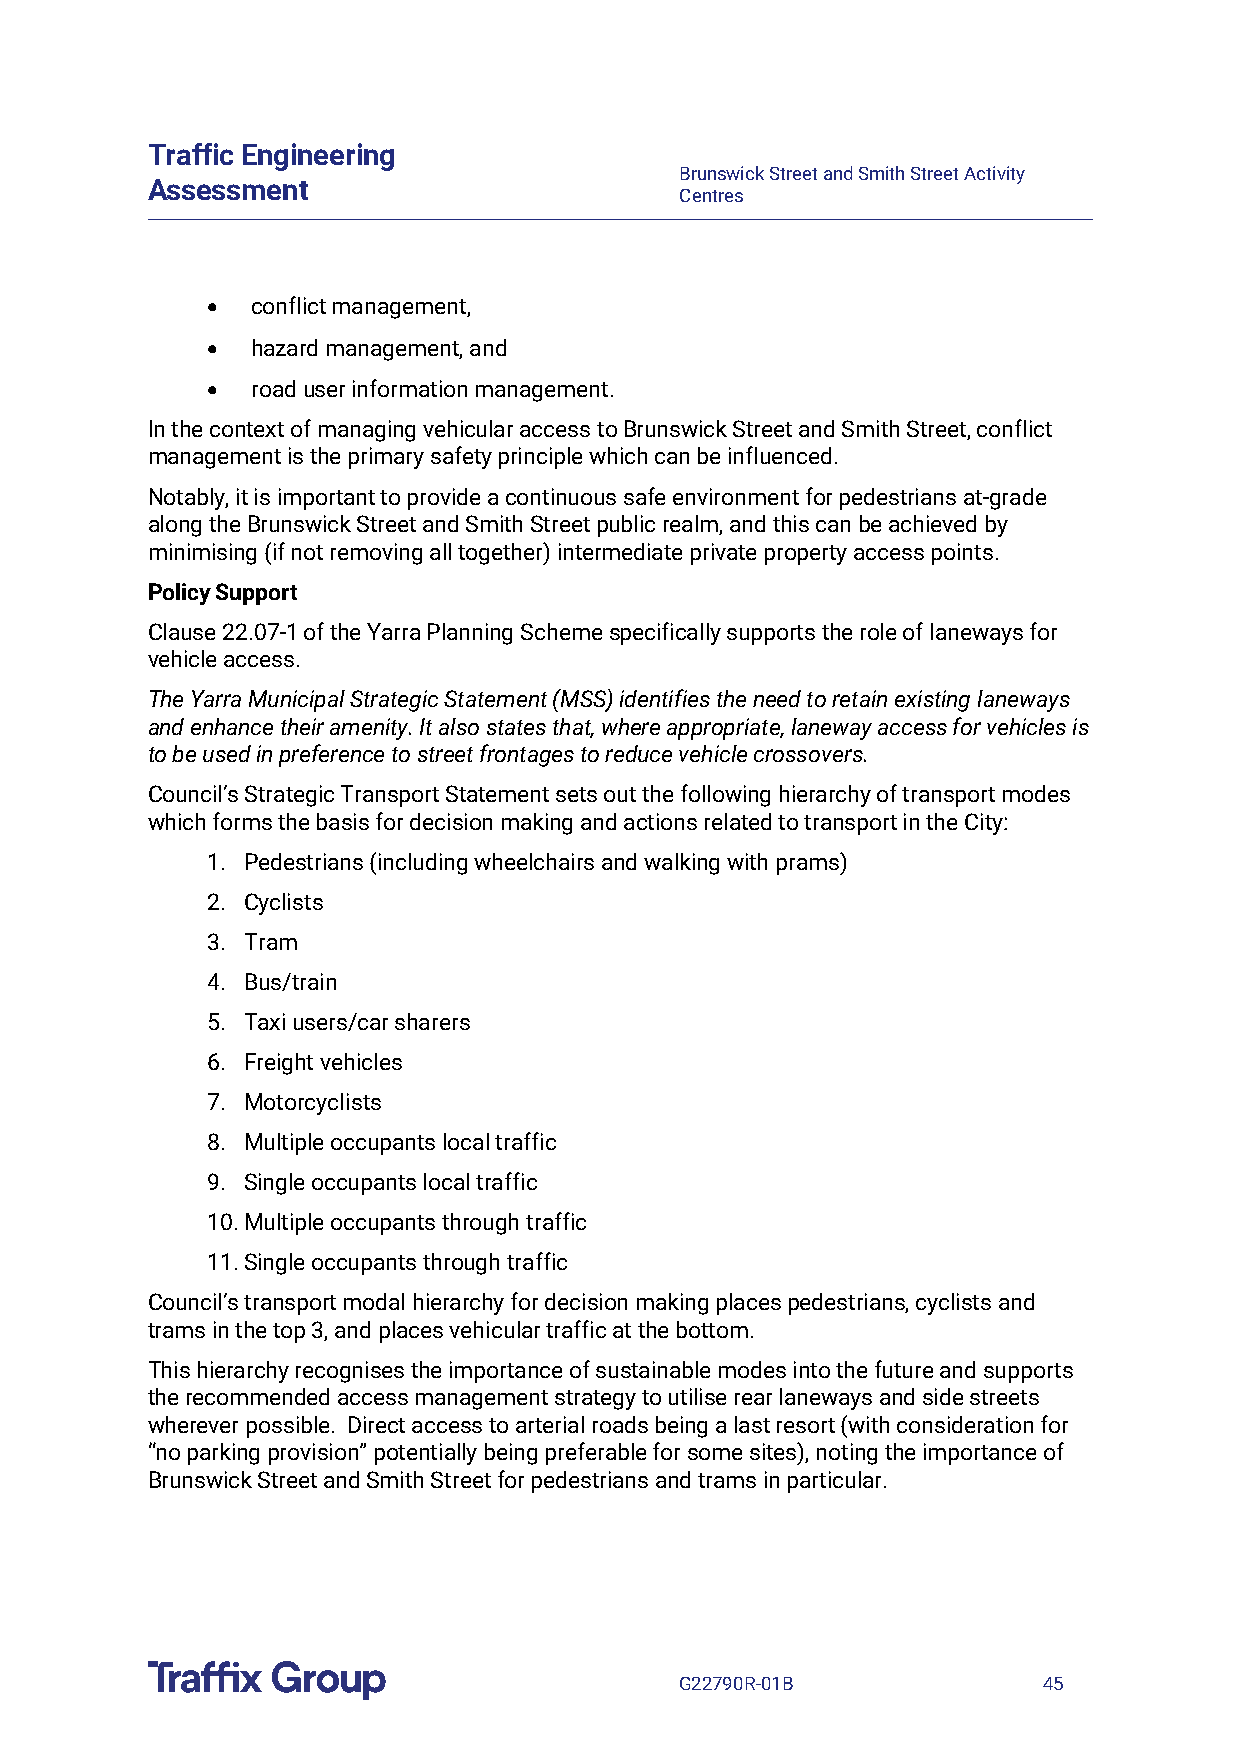
Traffic Engineering
 Brunswick Street and Smith Street Activity
 Assessment
 Centres
 •  conflict management,
 •  hazard management, and
 •  road user information management.
 In the context of managing vehicular access to Brunswick Street and Smith Street, conflict
 management is the primary safety principle which can be influenced.
 Notably, it is important to provide a continuous safe environment for pedestrians at-grade
 along the Brunswick Street and Smith Street public realm, and this can be achieved by
 minimising (if not removing all together) intermediate private property access points.
 Policy Support
 Clause 22.07-1 of the Yarra Planning Scheme specifically supports the role of laneways for
 vehicle access.
 The Yarra Municipal Strategic Statement (MSS) identifies the need to retain existing laneways
 and enhance their amenity. It also states that, where appropriate, laneway access for vehicles is
 to be used in preference to street frontages to reduce vehicle crossovers.
 Council’s Strategic Transport Statement sets out the following hierarchy of transport modes
 which forms the basis for decision making and actions related to transport in the City:
 1. Pedestrians (including wheelchairs and walking with prams)
 2. Cyclists
 3. Tram
 4. Bus/train
 5. Taxi users/car sharers
 6. Freight vehicles
 7. Motorcyclists
 8. Multiple occupants local traffic
 9. Single occupants local traffic
 10. Multiple occupants through traffic
 11. Single occupants through traffic
 Council’s transport modal hierarchy for decision making places pedestrians, cyclists and
 trams in the top 3, and places vehicular traffic at the bottom.
 This hierarchy recognises the importance of sustainable modes into the future and supports
 the recommended access management strategy to utilise rear laneways and side streets
 wherever possible. Direct access to arterial roads being a last resort (with consideration for
 “no parking provision” potentially being preferable for some sites), noting the importance of
 Brunswick Street and Smith Street for pedestrians and trams in particular.
 G22790R-01B             45